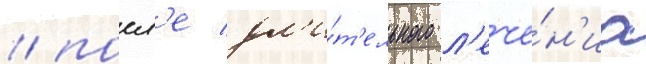
/ посл'е дл'и́т'ельного л'ече́н'иа